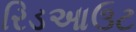
રિડઆઉટ